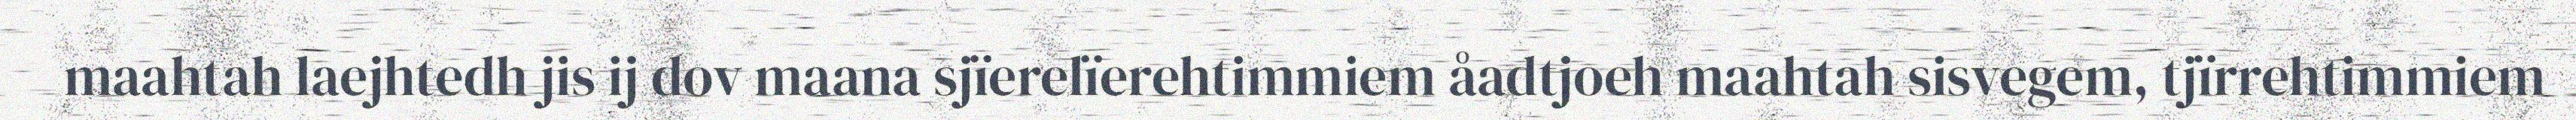
maahtah laejhtedh jis ij dov maana sjïerelïerehtimmiem åadtjoeh maahtah sisvegem, tjïrrehtimmiem